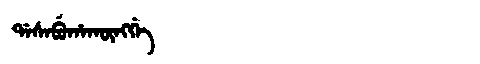
Manchu: ᡩᠠᠰᠠᠪᡠᡥᠠᡴᡡᠩᡤᡝ
Romanization: DASABUHAKŪNGGE